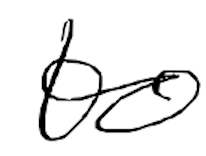
Text: to
Cross-out: clean
Writing tool: digital_black